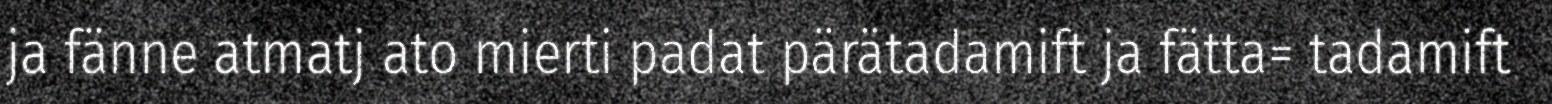
ja fänne atmatj ato mierti padat pärätadamift ja fätta= tadamift